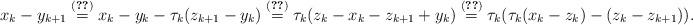
LaTeX: \begin{align*}x_k - y_{k+1} \overset{\eqref{eq:weirdG}}{=} x_k - y_k - \tau_k(z_{k+1} - y_k)&\overset{\eqref{Eq:Coupling1}}{=} \tau_k(z_k - x_k - z_{k+1} + y_k) \overset{\eqref{Eq:Coupling1}}{=} \tau_k(\tau_k(x_k - z_k) - (z_k - z_{k+1})).\end{align*}